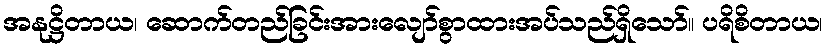
အနုဋ္ဌိတာယ၊ ဆောက်တည်ခြင်းအားလျော်စွာထားအပ်သည်ရှိသော်။ ပရိစိတာယ၊